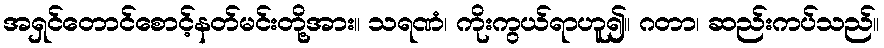
အရှင်တောင်စောင့်နတ်မင်းတို့အား။ သရဏံ၊ ကိုးကွယ်ရာဟူ၍။ ဂတာ၊ ဆည်းကပ်သည်။